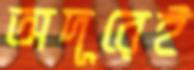
অদূরেই